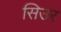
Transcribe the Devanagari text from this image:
सिउर